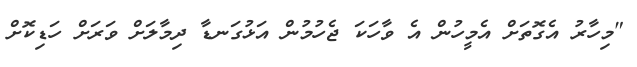
"މިހާރު އެގޮތަށް އެމީހުން އެ ވާހަކަ ޖެހުމުން އަޅުގަނޑާ ދިމާލަށް ވަރަށް ހަޑިކޮށް